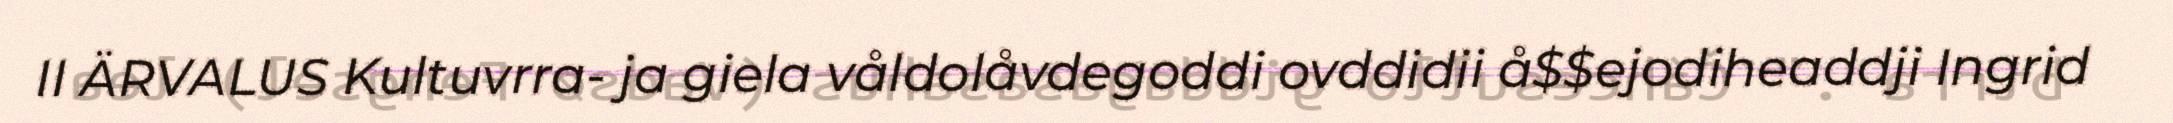
II ÄRVALUS Kultuvrra- ja giela våldolåvdegoddi ovddidii å$$ejodiheaddji Ingrid